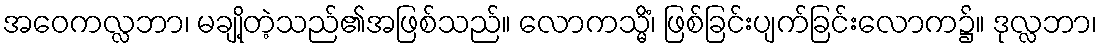
အဝေကလ္လဘာ၊ မချို့တဲ့သည်၏အဖြစ်သည်။ လောကသ္မိံ၊ ဖြစ်ခြင်းပျက်ခြင်းလောက၌။ ဒုလ္လဘာ၊